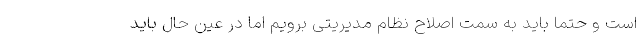
است و حتماً باید به سمت اصلاح نظام مدیریتی برویم اما در عین حال باید